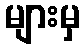
များမှ